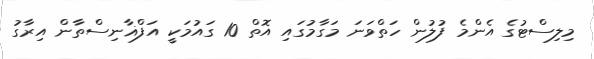
މިލިސްޓުގެ އެންމެ ފުލުން ހަތްވަނަ މަގާމުގައި އޮތް 10 ގައުމަކީ އަފްޣާނިސްތާން އިރާގު